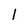
Character: 1